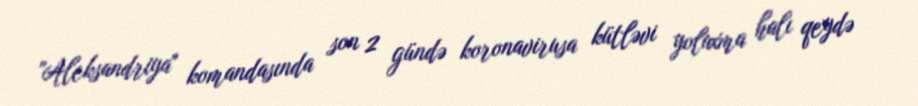
"Aleksandriya" komandasında son 2 gündə koronavirusa kütləvi yoluxma halı qeydə